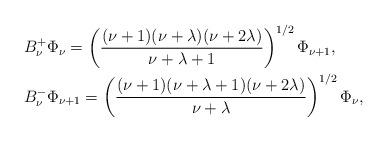
LaTeX: \begin{align*} & B^+_{\nu} \Phi_{\nu} = \left(\frac{(\nu+1)(\nu+\lambda)(\nu+2\lambda)}{\nu+\lambda+1}\right)^{1/2} \Phi_{\nu+1}, \\ & B^-_{\nu} \Phi_{\nu+1} = \left(\frac{(\nu+1)(\nu+\lambda+1)(\nu+2\lambda)}{\nu+\lambda}\right)^{1/2} \Phi_{\nu}, \end{align*}